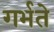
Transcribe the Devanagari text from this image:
गर्भते